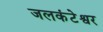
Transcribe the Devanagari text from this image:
जलकंटेश्वर